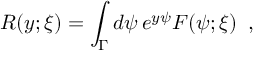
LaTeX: R ( y ; \xi ) = \int _ { \Gamma } d \psi \, e ^ { y \psi } F ( \psi ; \xi ) \; \; ,